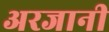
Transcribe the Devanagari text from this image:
अरजानी